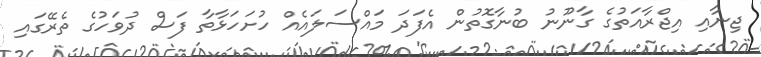
ޖިނާއި އިޖްރާއަތުގެ ގާނޫނު ބުނާގޮތުން އެފަދަ މައްސަލައެއް ހުށަހަޅާތާ ފަސް ދުވަހުގެ ތެރޭގައި